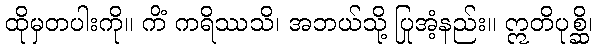
ထိုမှတပါးကို။ ကိံ ကရိဿသိ၊ အဘယ်သို့ ပြုအံ့နည်း။ ဣတိပုစ္ဆိ၊